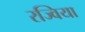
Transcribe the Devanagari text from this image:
रज्विया